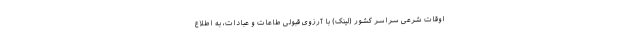
اوقات شرعی سراسر کشور (لینک) با آرزوی قبولی طاعات و عبادات، به اطلاع